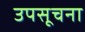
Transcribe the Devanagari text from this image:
उपसूचना